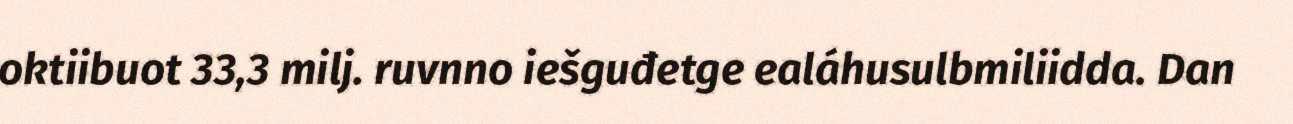
oktiibuot 33,3 milj. ruvnno iešguđetge ealáhusulbmiliidda. Dan